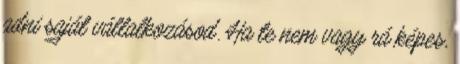
adni saját vállalkozásod. Ha te nem vagy rá képes,